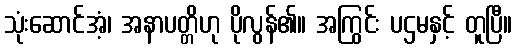
သုံးဆောင်အံ့၊ အနာပတ္တိဟု ပိုလွန်၏။ အကြွင်း ပဌမနှင့် တူပြီ။